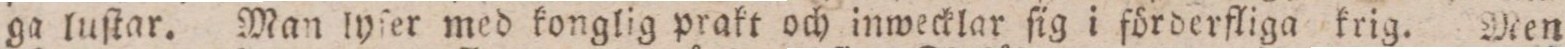
ga luſtar. Man lyſer med konglig prakt och inwecklar ſig i förderfliga krig. Men